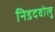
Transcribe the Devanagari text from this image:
निडदवोलु